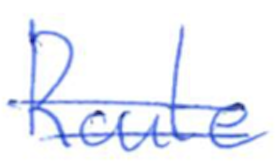
Text: Route
Cross-out: double-line
Writing tool: ballpoint